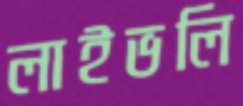
লাইভলি